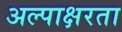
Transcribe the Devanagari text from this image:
अल्पाक्षरता